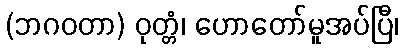
(ဘဂဝတာ) ဝုတ္တံ၊ ဟောတော်မူအပ်ပြီ၊